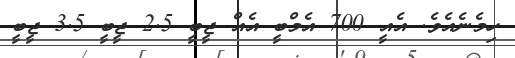
ހިމެނެއެވެ. އެއީ 700 އެމްބީ އެއް ޖީބީ 2.5 ޖީބީ 3.5 ޖީބީ